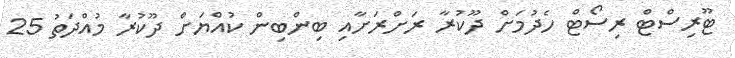
ޓޫރިސްޓް ރިސޯޓް ހެދުމަށް ދޫކުރާ ރަށްރަށާއި ބިންބިން ކުއްޔަށް ދޫކުރާ މުއްދަތު 25